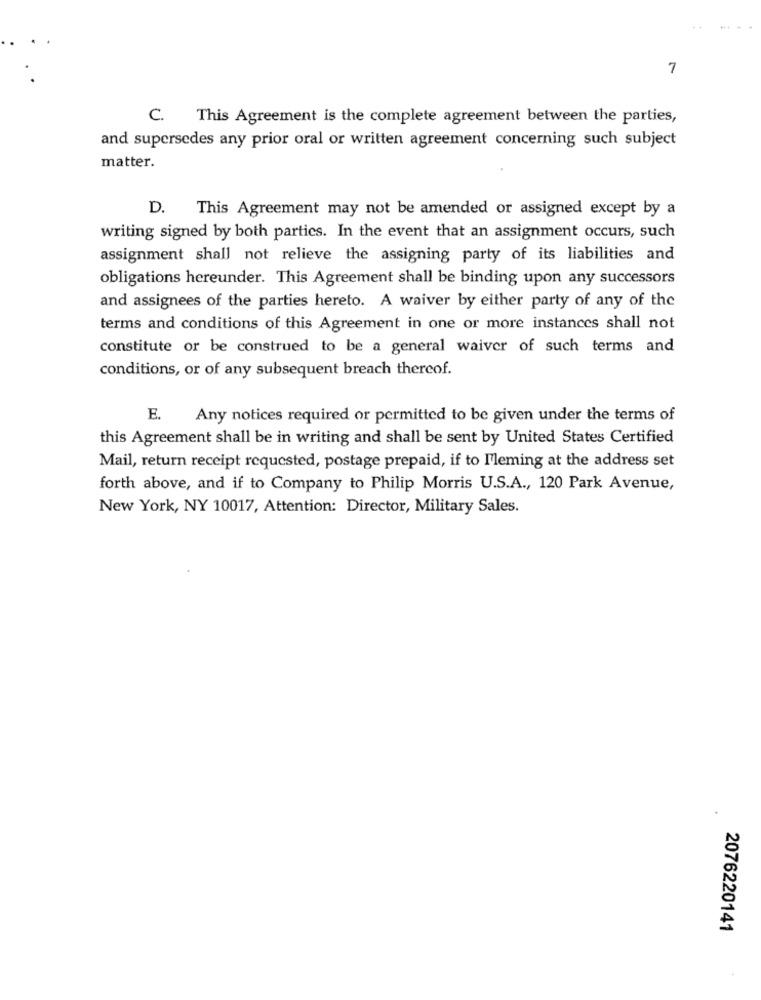
7
C. This Agreement is the complete agreement between the parties,
and supersedes any prior oral or written agreement concerning such subject
matter.
D. This Agreement may not be amended or assigned except by a
writing signed by both parties. In the event that an assignment occurs, such
assignment shall not relieve the assigning party of its liabilities and
obligations hereunder. This Agreement shall be binding upon any successors
and assignees of the parties hereto. A waiver by either party of any of the
terms and conditions of this Agreement in one or more instances shall not
constitute or be construed to be a general waiver of such terms and
conditions, or of any subsequent breach thereof.
E. Any notices required or permitted to be given under the terms of
this Agreement shall be in writing and shall be sent by United States Certified
Mail, return receipt requested, postage prepaid, if to M'leming at the address set
forth above, and if to Company to Philip Morris U.S.A ., 120 Park Avenue,
New York, NY 10017, Attention: Director, Military Sales.
2076220141